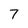
Character: 7